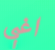
اغبى